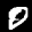
Label: 0